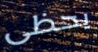
يحظى